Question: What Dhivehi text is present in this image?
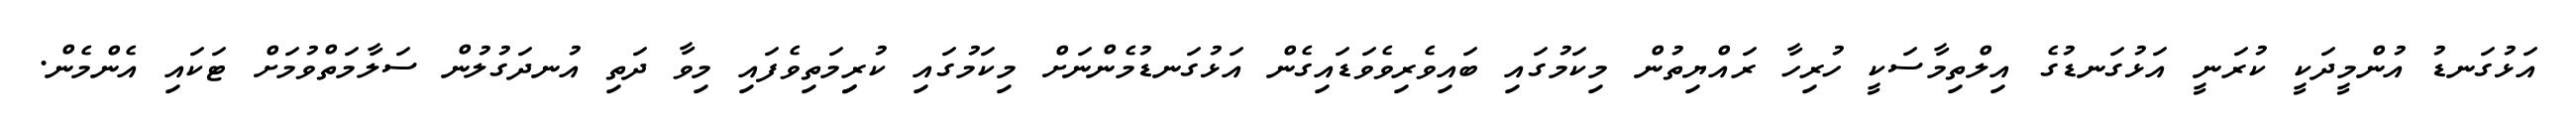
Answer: އަޅުގަނޑު އުންމީދަކީ ކުރަނީ އަޅުގަނޑުގެ އިލްތިމާސަކީ ހުރިހާ ރައްޔިތުން މިކަމުގައި ބައިވެރިވެވަޑައިގެން އަޅުގަނޑުމެންނަށް މިކަމުގައި ކުރިިމަތިވެފައި މިވާ ދަތި އުނދަގުލުން ސަލާމަތްވުމަށް ޓަކައި އެންމެން.